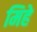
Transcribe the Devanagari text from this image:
मिहे